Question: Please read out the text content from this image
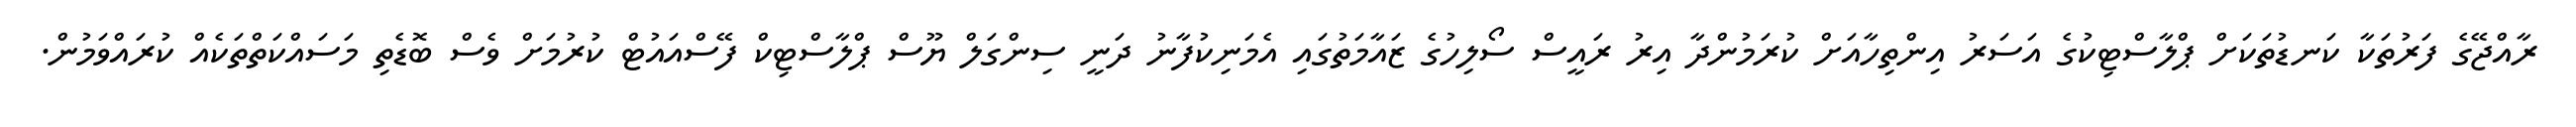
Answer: ރާއްޖޭގެ ފަރުތަކާ ކަނޑުތަކަށް ޕްލާސްޓިކުގެ އަސަރު އިންތިހާއަށް ކުރަމުންދާ އިރު ރައީސް ސޯލިހުގެ ޒައާމަތުގައި އެމަނިކުފާނު ދަނީ ސިންގަލް ޔޫސް ޕްލާސްޓިކް ފޭސްއައުޓް ކުރުމަށް ވެސް ބޮޑެތި މަސައްކަތްތަކެއް ކުރައްވަމުން.